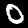
Digit: 0